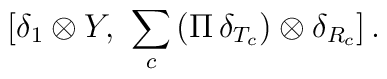
[\delta_1 \otimes Y , \, \, \sum_c \, (\Pi \, \delta_{T_c}) \otimes \delta_{R_c}] \, .